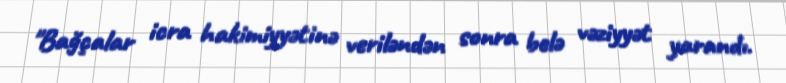
"Bağçalar icra hakimiyyətinə veriləndən sonra belə vəziyyət yarandı.